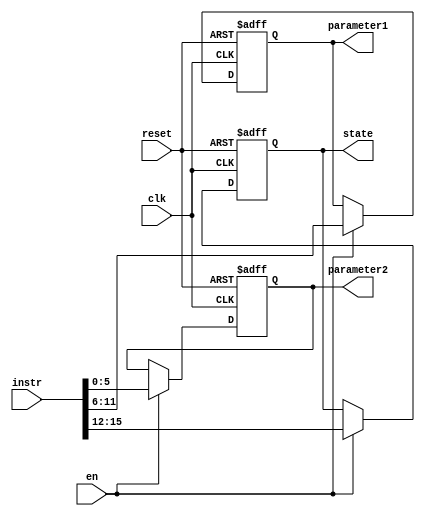

/*module ID(en,instr,reset,state,parameter1,parameter2);
input[15:0] instr;
input en,reset;
output[3:0] state;
output[5:0] parameter1,parameter2;
reg[5:0] parameter1,parameter2;
reg[3:0] state;
reg[15:0] instrReg;
reg regParameter;


always@(posedge reset or posedge en)
begin
if(reset) 
begin
parameter1=6'b0;
parameter2=6'b0;
state=4'b0;
instrReg=16'b0;
end
else

begin
instrReg=instr;
state=instrReg[15:12];
parameter1=instrReg[11:6];
parameter2=instrReg[5:0];

end 
end
endmodule
*/
module ID(clk,en,instr,reset,state,parameter1,parameter2);
input[15:0] instr;
input clk,en,reset;
output[3:0] state;
output[5:0] parameter1,parameter2;
reg[5:0] parameter1,parameter2;
reg[3:0] state;
reg[15:0] instrReg;
reg regParameter;


always@(posedge reset or posedge clk)
begin
if(reset) 
begin
parameter1=6'b0;
parameter2=6'b0;
state=4'b0;
instrReg=16'b0;
end
else if(en)

begin
instrReg=instr;
state=instrReg[15:12];
parameter1=instrReg[11:6];
parameter2=instrReg[5:0];

end 
end
endmodule